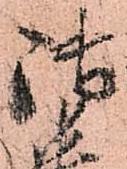
御